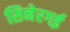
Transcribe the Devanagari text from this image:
सिनेरगई